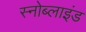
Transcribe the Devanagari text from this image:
स्नोब्लाइंड